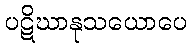
ပဋိဃာနုသယောပေ